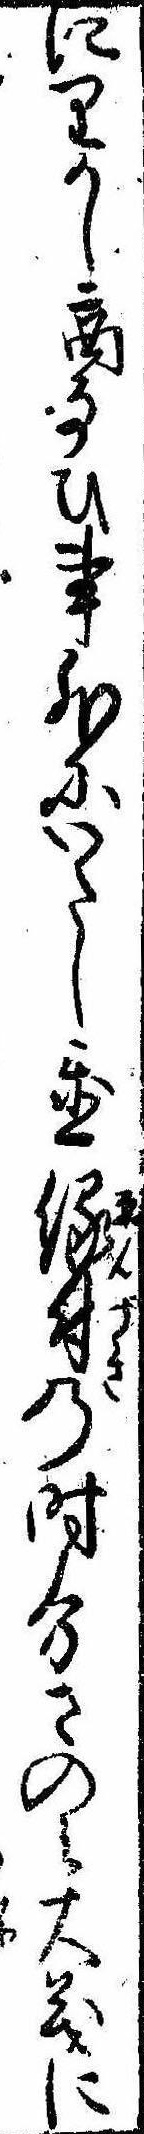
にりかし商なひ事外にいたし置縁付の時分さのみ大義に